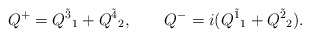
\begin{align*}Q^{+}=Q^{\tilde 3}{}_1+Q^{\tilde 4}{}_2,\qquad Q^{-}=i(Q^{\tilde 1}{}_1+Q^{\tilde 2}{}_2).\end{align*}